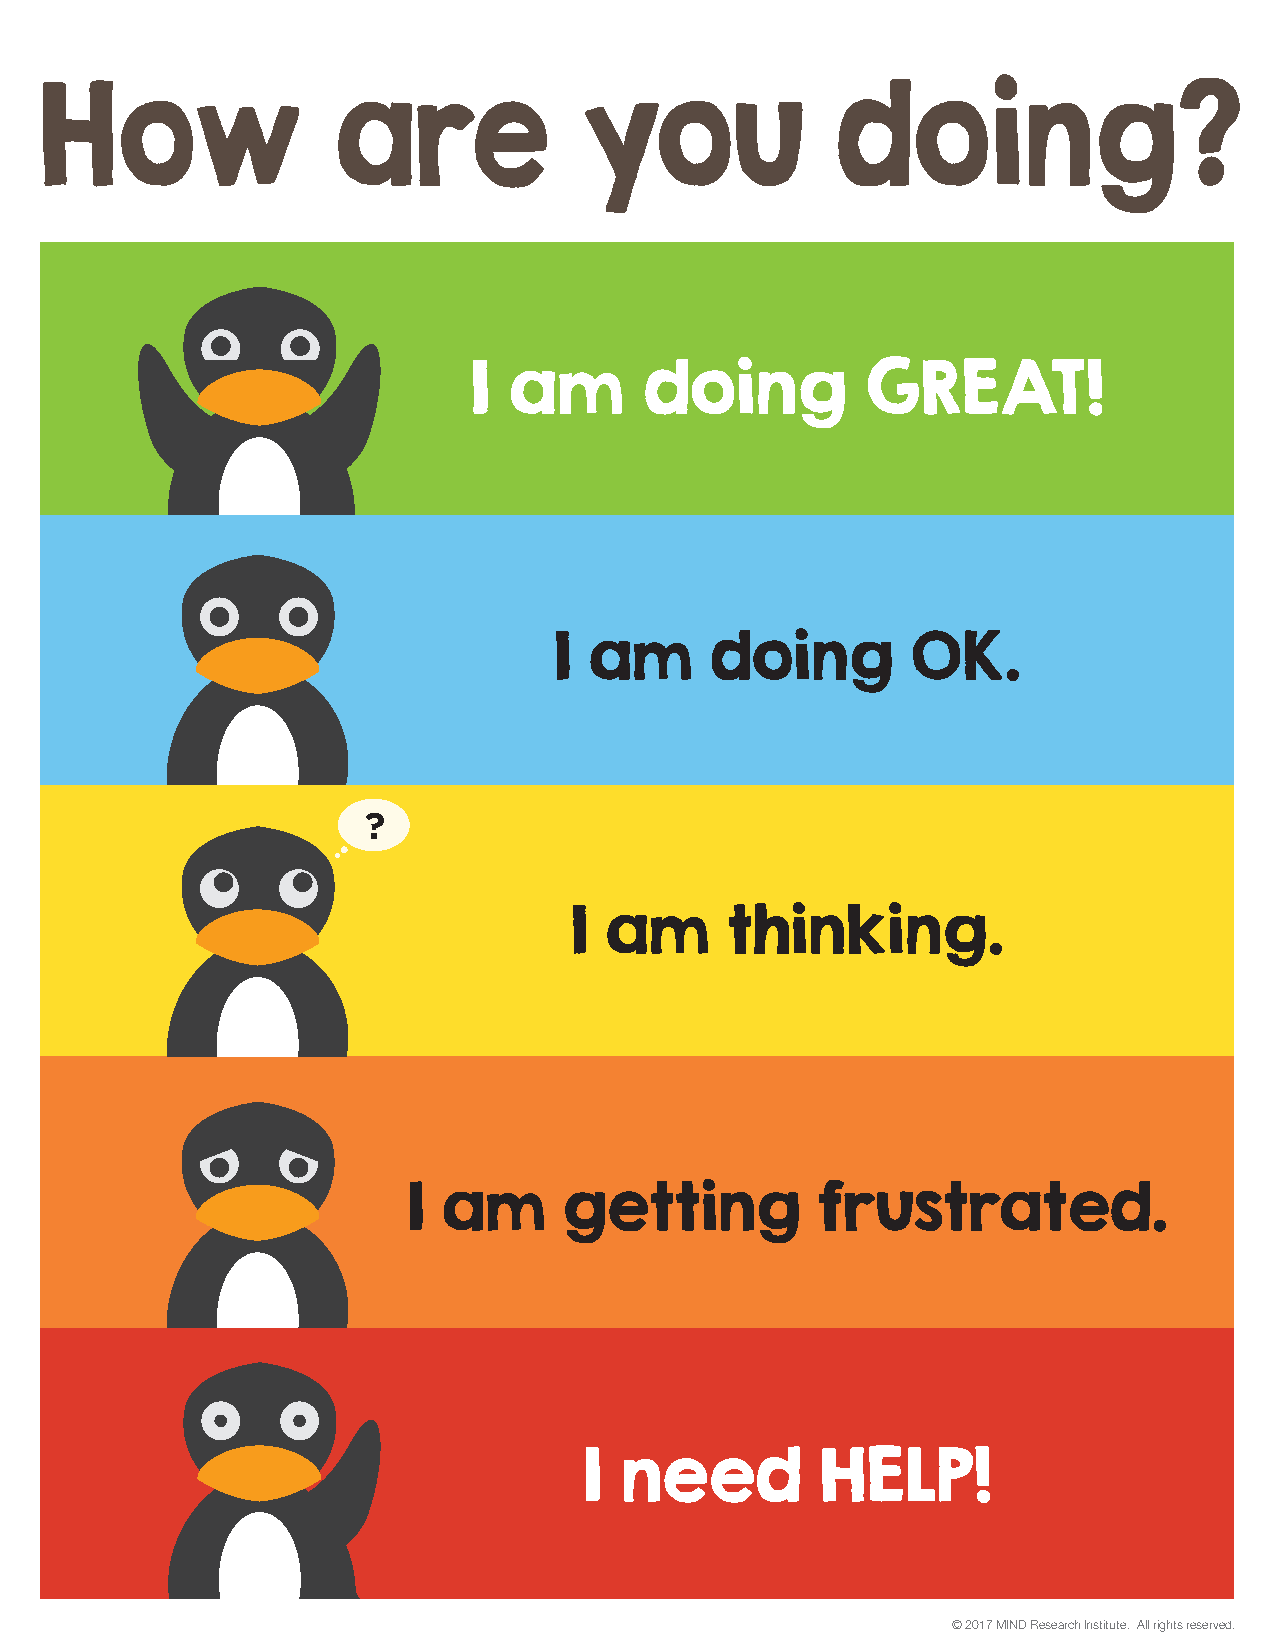
How                are             you              doing?
 I  am       doing         GREAT!
 I am      doing        OK.
 ?
 I am      thinking.
 I am      getting          frustrated.
 I need         HELP!
 © 2017 MIND Research Institute. All rights reserved.